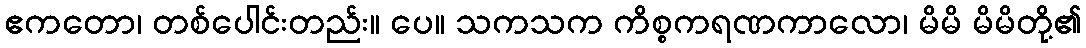
ဧကတော၊ တစ်ပေါင်းတည်း။ ပေ။ သကသက ကိစ္စကရဏကာလော၊ မိမိ မိမိတို့၏